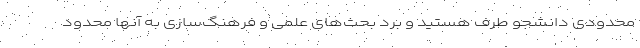
محدودی دانشجو طرف هستید و برد بحث‌های علمی و فرهنگ‌سازی به آنها محدود